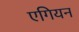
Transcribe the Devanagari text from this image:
एगियन